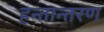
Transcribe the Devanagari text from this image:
हन्तान्तरण